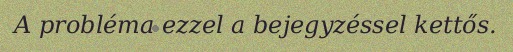
A probléma ezzel a bejegyzéssel kettős.